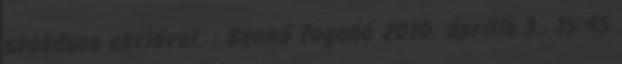
szokásos akcióval. : Bennó fogadó 2010. április 3., 15:45